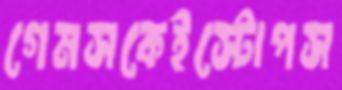
গেমসকেইস্টোপস